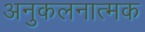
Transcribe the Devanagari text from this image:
अनुकलनात्मक